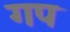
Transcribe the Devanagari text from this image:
गप